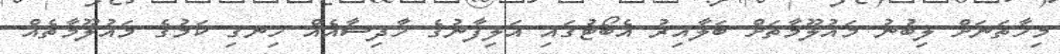
މިހާތަނަށް ލިބުނު މައުލޫމާތަށް ބަލާއިރު އެބޯޓުގައި އަލިފާނުގެ ހާދިސާއެއް ހިނގި ކަމުގެ މައުލޫމާތެއް